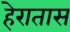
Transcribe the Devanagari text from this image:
हेरातास